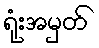
ရုံးအမှတ်